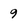
Character: 9